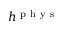
h ^ { \mathrm { ~ p ~ h ~ y ~ s ~ } }